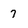
Character: 7